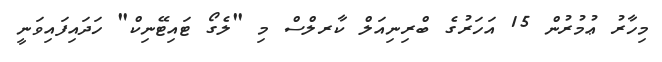
މިހާރު ޢުމުރުން 15 އަހަރުގެ ބްރިނިއަލް ކާރލްސް މި "ލެގޯ ޓައިޓޭނިކް" ހަދައިފައިވަނީ